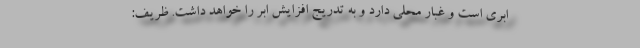
ابری است و غبار محلی دارد و به تدریج افزایش ابر را خواهد داشت. ظریف: